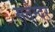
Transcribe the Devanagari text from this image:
सतेन्दर